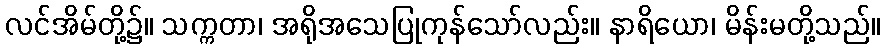
လင်အိမ်တို့၌။ သက္ကတာ၊ အရိုအသေပြုကုန်သော်လည်း။ နာရိယော၊ မိန်းမတို့သည်။